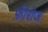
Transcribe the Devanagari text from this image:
फ़ीरोज